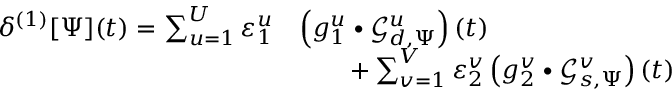
\begin{array} { r l } { \delta ^ { ( 1 ) } [ \Psi ] ( t ) = \sum _ { u = 1 } ^ { U } \varepsilon _ { 1 } ^ { u } } & { \left( g _ { 1 } ^ { u } \bullet \mathcal { G } _ { d , \Psi } ^ { u } \right) ( t ) } \\ & { \qquad + \sum _ { v = 1 } ^ { V } \varepsilon _ { 2 } ^ { v } \left( g _ { 2 } ^ { v } \bullet \mathcal { G } _ { s , \Psi } ^ { v } \right) ( t ) } \end{array}